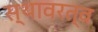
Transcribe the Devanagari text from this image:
स्थावरत्व